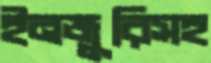
ইনজুরিসহ